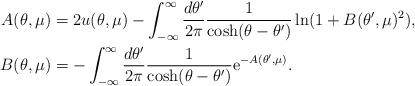
LaTeX: \begin{align*}A(\theta, \mu) &=2 u(\theta, \mu) -\int_{-\infty}^{\infty} \frac{d\theta'}{2\pi} \frac{1}{\cosh(\theta-\theta') }\ln(1+ B(\theta', \mu)^2), \\B(\theta, \mu) &= -\int_{-\infty}^{\infty} \frac{d\theta'}{2\pi} \frac{1}{\cosh(\theta-\theta')} {\rm e}^{-A(\theta', \mu)}. \end{align*}